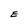
Character: E